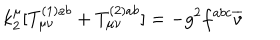
LaTeX: k _ { 2 } ^ { \mu } [ T _ { \mu \nu } ^ { ( 1 ) a b } + T _ { \mu \nu } ^ { ( 2 ) a b } ] = - g ^ { 2 } f ^ { a b c } \overline { { { v } } }